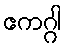
ဧကဂ္ဂါ